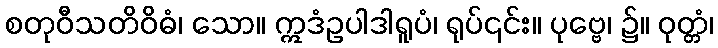
စတုဝီသတိဝိဓံ၊ သော။ ဣဒံဥပါဒါရူပံ၊ ရုပ်၎င်း။ ပုဗ္ဗေ၊ ၌။ ဝုတ္တံ၊